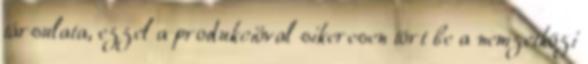
társulata, ezzel a produkcióval sikeresen tört be a nemzetközi